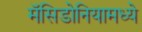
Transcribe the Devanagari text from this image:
मॅसिडोनियामध्ये